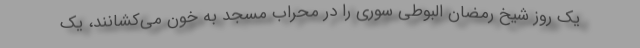
یک روز شیخ رمضان البوطی سوری را در محراب مسجد به خون می‌کشانند، یک